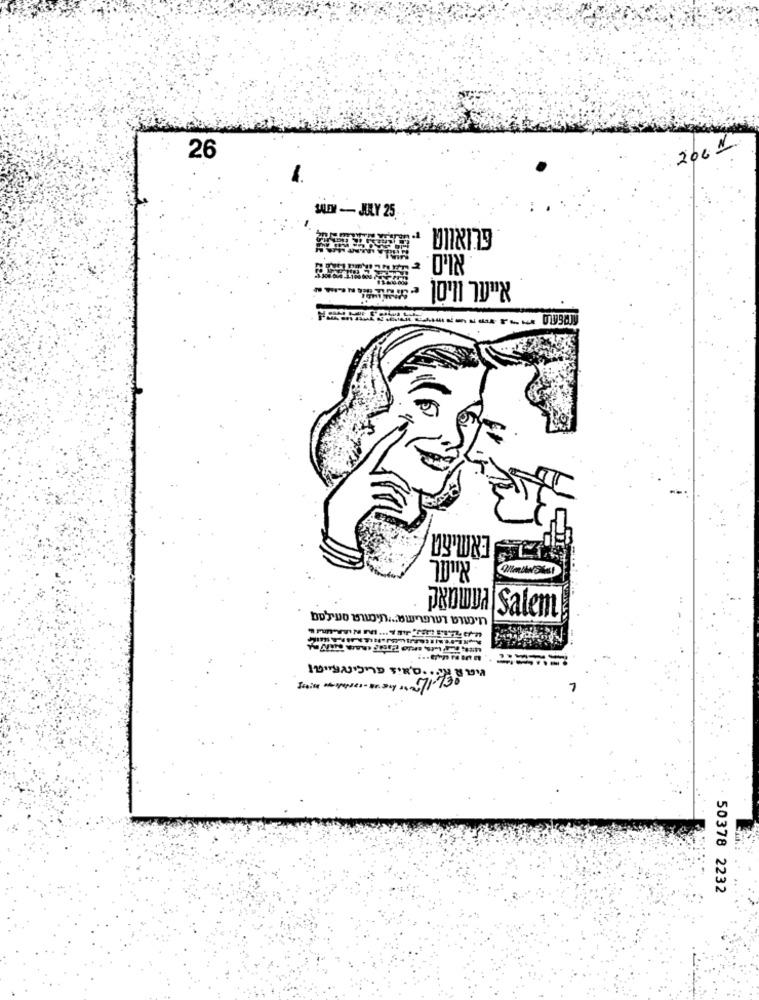
200 "
26
1.
SALEM - JULY 25
PROWA Salem
50378 2232